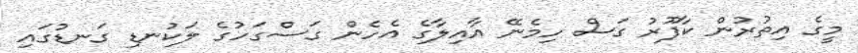
މީގެ އިތުރުން ކާފޫރު ގަސް ހިމެނޭ އާއިލާގެ އެހެން ގަސްގަހުގެ ލަކުނޑި ގަނޑުގައި